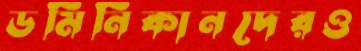
ডমিনিকানদেরও